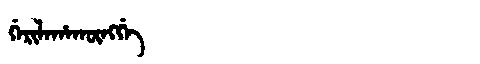
Manchu: ᡤᡝᡵᡳᠯᠠᡥᠠᡴᡡᠩᡤᡝ
Romanization: GERILAHAKŪNGGE